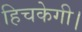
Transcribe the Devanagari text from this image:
हिचकेगी।